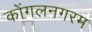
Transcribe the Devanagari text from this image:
कोंगलनगरम